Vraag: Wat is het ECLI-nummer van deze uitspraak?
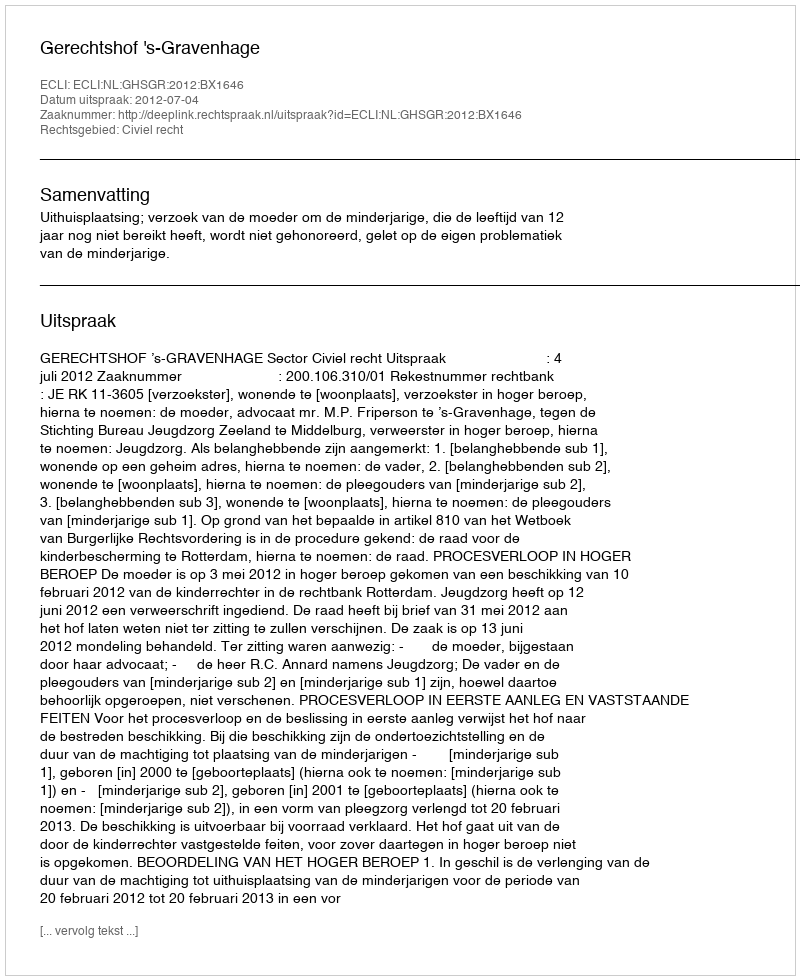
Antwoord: ECLI:NL:GHSGR:2012:BX1646